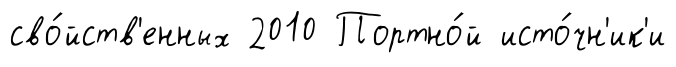
сво́йств'енных 2010 Портно́й исто́чн'ик'и